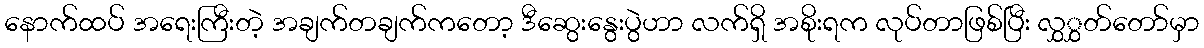
နောက်ထပ် အရေးကြီးတဲ့ အချက်တချက်ကတော့ ဒီဆွေးနွေးပွဲဟာ လက်ရှိ အစိုးရက လုပ်တာဖြစ်ပြီး လွှွှတ်တော်မှာ